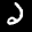
Label: 2